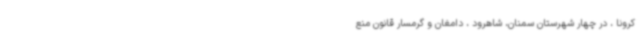
کرونا ، در چهار شهرستان سمنان، شاهرود ، دامغان و گرمسار قانون منع